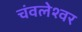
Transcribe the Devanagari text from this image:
चंवलेश्वर